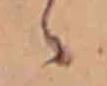
ゝ